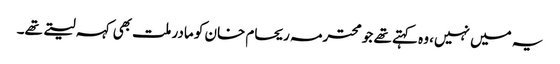
یہ میں نہیں، وہ کہتے تھے جو محترمہ ریحام خان کو مادر ملت بھی کہہ لیتے تھے۔